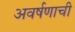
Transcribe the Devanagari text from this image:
अवर्षणाची